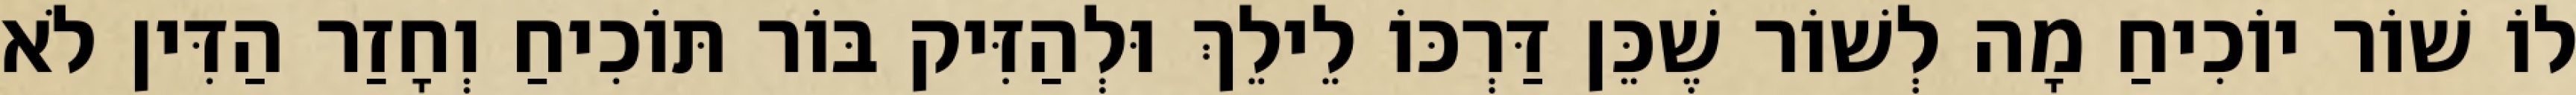
לוֹ שׁוֹר יוֹכִיחַ מָה לְשׁוֹר שֶׁכֵּן דַּרְכּוֹ לֵילֵךְ וּלְהַזִּיק בּוֹר תּוֹכִיחַ וְחָזַר הַדִּין לֹא